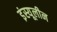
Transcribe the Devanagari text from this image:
इंस्यूलीन